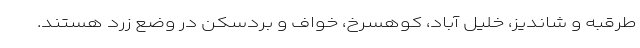
طرقبه و شاندیز، خلیل آباد، کوهسرخ، خواف و بردسکن در وضع زرد هستند.